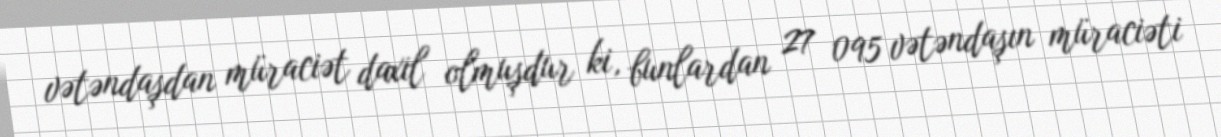
vətəndaşdan müraciət daxil olmuşdur ki, bunlardan 27 095 vətəndaşın müraciəti